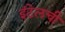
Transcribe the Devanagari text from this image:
इंटेलची